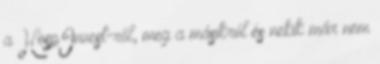
a HospInvest-ről, meg a másikról és nekik már nem